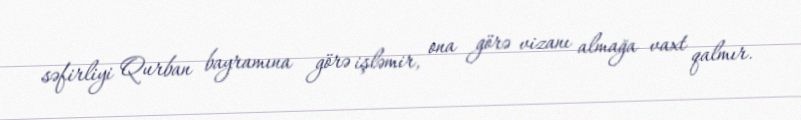
səfirliyi Qurban bayramına görə işləmir, ona görə vizanı almağa vaxt qalmır.